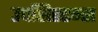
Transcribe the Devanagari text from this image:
उपसिस्टम्स